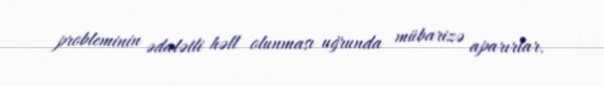
probleminin ədalətli həll olunması uğrunda mübarizə aparırlar.